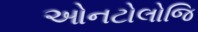
ઓનટોલોજિ